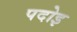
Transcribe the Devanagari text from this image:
पदोइ